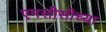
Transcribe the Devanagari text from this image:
एमसीसीच्या